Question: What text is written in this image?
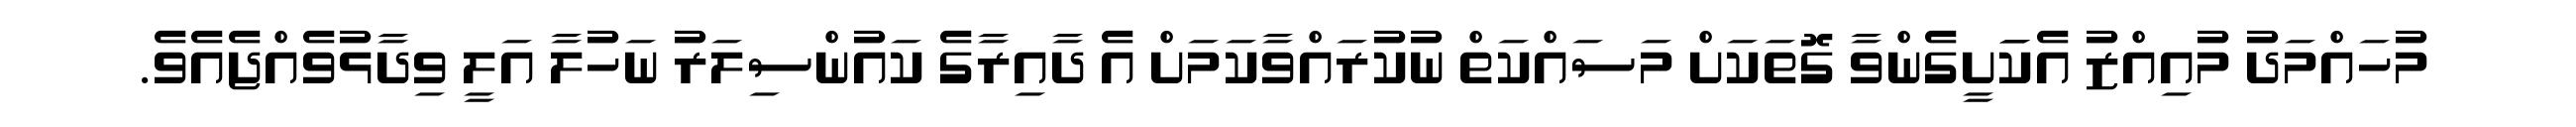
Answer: މުހައްމަދު މުއިއްޒު އެކަަށީގެންވާ ގޮތަކަށް މަސައްކަތް ނުކުރައްވާކަމަށް އެ ދާއިރާގެ ކައުންސިލަރު ނަހުލާ އަލީ ވިދާޅުވެއްޖެއެވެ.